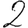
Digit: 2